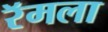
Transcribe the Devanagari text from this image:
रॅमला